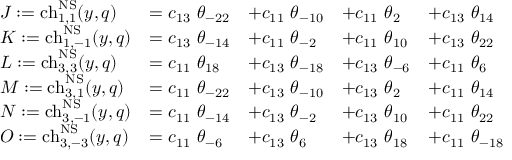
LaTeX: \begin{array} { l l l l l } { { J : = \mathrm { c h } _ { 1 , 1 } ^ { \mathrm { N S } } ( y , q ) } } & { { = c _ { 1 3 } ~ \theta _ { - 2 2 } } } & { { + c _ { 1 1 } ~ \theta _ { - 1 0 } } } & { { + c _ { 1 1 } ~ \theta _ { 2 } } } & { { + c _ { 1 3 } ~ \theta _ { 1 4 } } } \\ { { K : = \mathrm { c h } _ { 1 , - 1 } ^ { \mathrm { N S } } ( y , q ) } } & { { = c _ { 1 3 } ~ \theta _ { - 1 4 } } } & { { + c _ { 1 1 } ~ \theta _ { - 2 } } } & { { + c _ { 1 1 } ~ \theta _ { 1 0 } } } & { { + c _ { 1 3 } ~ \theta _ { 2 2 } } } \\ { { L : = \mathrm { c h } _ { 3 , 3 } ^ { \mathrm { N S } } ( y , q ) } } & { { = c _ { 1 1 } ~ \theta _ { 1 8 } } } & { { + c _ { 1 3 } ~ \theta _ { - 1 8 } } } & { { + c _ { 1 3 } ~ \theta _ { - 6 } } } & { { + c _ { 1 1 } ~ \theta _ { 6 } } } \\ { { M : = \mathrm { c h } _ { 3 , 1 } ^ { \mathrm { N S } } ( y , q ) } } & { { = c _ { 1 1 } ~ \theta _ { - 2 2 } } } & { { + c _ { 1 3 } ~ \theta _ { - 1 0 } } } & { { + c _ { 1 3 } ~ \theta _ { 2 } } } & { { + c _ { 1 1 } ~ \theta _ { 1 4 } } } \\ { { N : = \mathrm { c h } _ { 3 , - 1 } ^ { \mathrm { N S } } ( y , q ) } } & { { = c _ { 1 1 } ~ \theta _ { - 1 4 } } } & { { + c _ { 1 3 } ~ \theta _ { - 2 } } } & { { + c _ { 1 3 } ~ \theta _ { 1 0 } } } & { { + c _ { 1 1 } ~ \theta _ { 2 2 } } } \\ { { O : = \mathrm { c h } _ { 3 , - 3 } ^ { \mathrm { N S } } ( y , q ) } } & { { = c _ { 1 1 } ~ \theta _ { - 6 } } } & { { + c _ { 1 3 } ~ \theta _ { 6 } } } & { { + c _ { 1 3 } ~ \theta _ { 1 8 } } } & { { + c _ { 1 1 } ~ \theta _ { - 1 8 } } } \end{array}